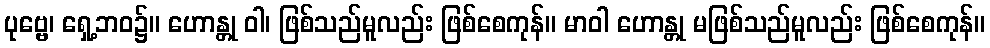
ပုဗ္ဗေ၊ ရှေ့ဘဝ၌။ ဟောန္တု ဝါ၊ ဖြစ်သည်မူလည်း ဖြစ်စေကုန်။ မာဝါ ဟောန္တု မဖြစ်သည်မူလည်း ဖြစ်စေကုန်။